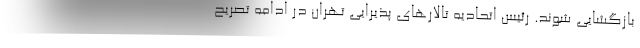
بازگشایی شوند. رئیس اتحادیه تالارهای پذیرایی تهران در ادامه تصریح